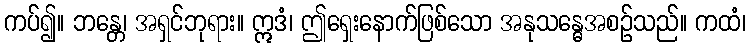
ကပ်၍။ ဘန္တေ၊ အရှင်ဘုရား။ ဣဒံ၊ ဤရှေးနောက်ဖြစ်သော အနုသန္ဓေအစဉ်သည်။ ကထံ၊